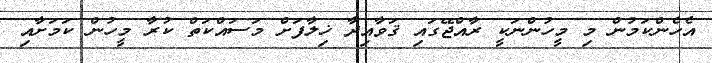
އެހެންކަމުން މި މީހުންނަކީ ރާއްޖޭގައި ޤަވާއިދާ ޚިލާފަށް މަސައްކަތް ކުރާ މީހުން ކަމަށާއި